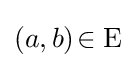
(a,b)\!\in {\text{E}}